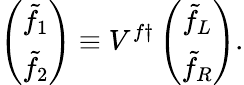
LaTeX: \left(\begin{array}{c}{{\tilde{f}_{1}}}\\ {{\tilde{f}_{2}}}\end{array}\right)\equiv V^{f\dagger}\left(\begin{array}{c}{{\tilde{f}_{L}}}\\ {{\tilde{f}_{R}}}\end{array}\right).